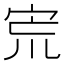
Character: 𡧽